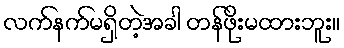
လက်နက်မရှိတဲ့အခါ တန်ဖိုးမထားဘူး။